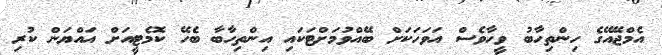
އެމްޖޭއޭގެ ހިންތިހާބު ވީހާވެސް އަވަހަކަށް ބޭއްވުމަށްޓަކައި އިންތިހާބާ ބެހޭ ކޮމެޓީއަށް އައްޔަން ކުރި